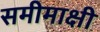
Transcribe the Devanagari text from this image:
समीमाक्षी